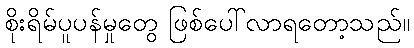
စိုးရိမ်ပူပန်မှုတွေ ဖြစ်ပေါ်လာရတော့သည်။